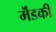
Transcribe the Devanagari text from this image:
मॆंडकी